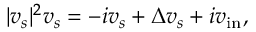
\begin{array} { r } { | v _ { s } | ^ { 2 } v _ { s } = - i v _ { s } + \Delta v _ { s } + i v _ { \mathrm { i n } } , } \end{array}